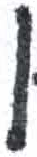
אות: ן